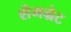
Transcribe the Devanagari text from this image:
शैमग्रेट